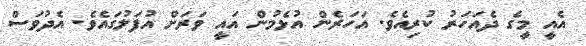
އެއީ މީގެ ދެއަހަރު ކުރިއެވެ. އަހަރެން އުޅެމުން އައީ ވަރަށް އުފަލުގައެވެ. އެދުވަސް